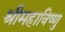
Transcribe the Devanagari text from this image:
श्रीमहाविष्णु